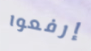
إرفعوا